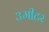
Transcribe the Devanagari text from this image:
३मीटर